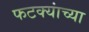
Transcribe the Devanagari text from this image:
फटक्यांच्या